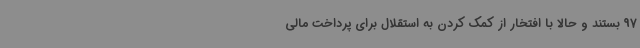
97 بستند و حالا با افتخار از کمک کردن به استقلال برای پرداخت مالی